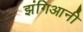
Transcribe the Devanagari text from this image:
झंगिआनी